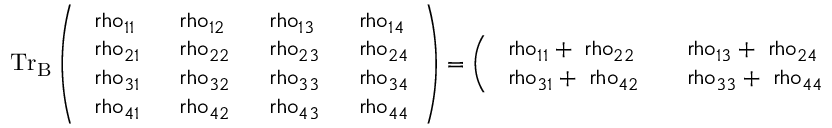
\mathrm { { T r } _ { B } \left( \begin{array} { l l l l } { \ r h o _ { 1 1 } ~ } & { \ r h o _ { 1 2 } ~ } & { \ r h o _ { 1 3 } ~ } & { \ r h o _ { 1 4 } } \\ { \ r h o _ { 2 1 } ~ } & { \ r h o _ { 2 2 } ~ } & { \ r h o _ { 2 3 } ~ } & { \ r h o _ { 2 4 } } \\ { \ r h o _ { 3 1 } ~ } & { \ r h o _ { 3 2 } ~ } & { \ r h o _ { 3 3 } ~ } & { \ r h o _ { 3 4 } } \\ { \ r h o _ { 4 1 } ~ } & { \ r h o _ { 4 2 } ~ } & { \ r h o _ { 4 3 } ~ } & { \ r h o _ { 4 4 } } \end{array} \right) = \left( \begin{array} { l l } { \ r h o _ { 1 1 } + \ r h o _ { 2 2 } ~ ~ } & { \ r h o _ { 1 3 } + \ r h o _ { 2 4 } } \\ { \ r h o _ { 3 1 } + \ r h o _ { 4 2 } ~ ~ } & { \ r h o _ { 3 3 } + \ r h o _ { 4 4 } } \end{array} \right) }